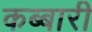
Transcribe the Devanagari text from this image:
कब्बारी